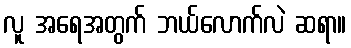
လူ အရေအတွက် ဘယ်လောက်လဲ ဆရာ။